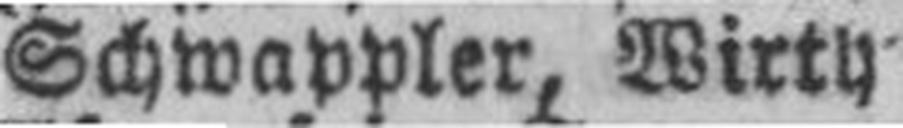
Schwappler, Wirth